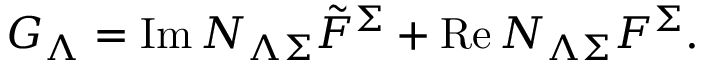
{ \cal G } _ { \Lambda } = \mathrm { I m } \, { \cal N } _ { \Lambda \Sigma } { \tilde { \cal F } } ^ { \Sigma } + \mathrm { R e } \, { \cal N } _ { \Lambda \Sigma } { \cal F } ^ { \Sigma } .